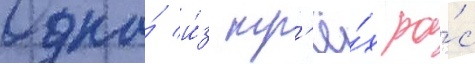
Одна́ и́з тр'ё́х ра́с